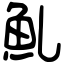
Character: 䰲